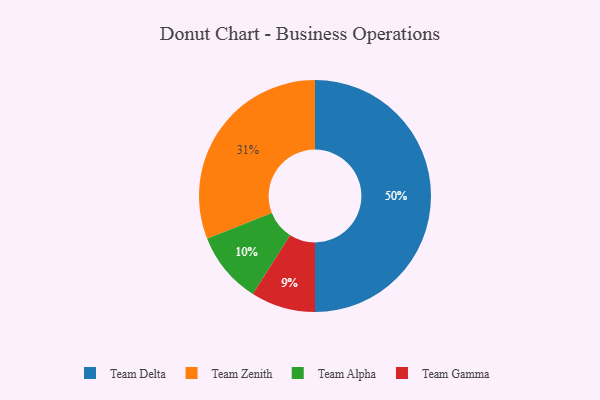
{"axis": {"x": "Category", "y": "Percentage"}, "legend": ["Team Alpha", "Team Delta", "Team Gamma", "Team Zenith"], "data": [{"x": "Team Zenith", "y": 31, "type": "Team Zenith"}, {"x": "Team Alpha", "y": 10, "type": "Team Alpha"}, {"x": "Team Delta", "y": 50, "type": "Team Delta"}, {"x": "Team Gamma", "y": 9, "type": "Team Gamma"}]}